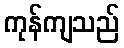
ကုန်ကျသည်